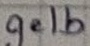
Text: gelb